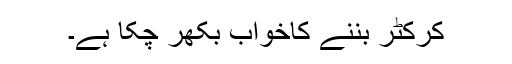
کرکٹر بننے کاخواب بکھر چکا ہے۔